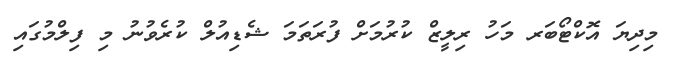
މިދިޔަ އޮކްޓޯބަރ މަހު ރިލީޒް ކުރުމަށް ފުރަތަމަ ޝެޑިއުލް ކުރެވުނު މި ފިލްމުގައި